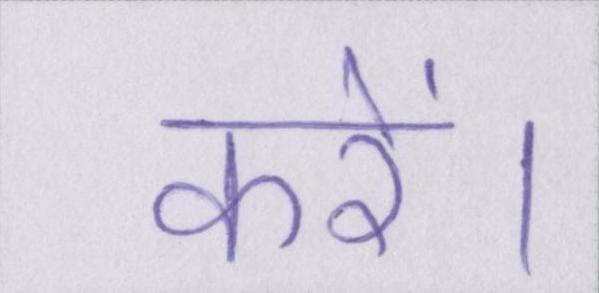
करें।